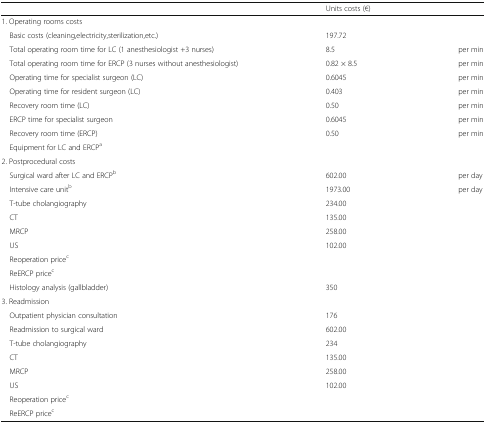
<table><thead><tr><td></td><td><b>Units costs (€)</b></td><td></td></tr></thead><tbody><tr><td colspan="3">1. Operating rooms costs</td></tr><tr><td> Basic costs (cleaning,electricity,sterilization,etc.)</td><td>197.72</td><td></td></tr><tr><td> Total operating room time for LC (1 anesthesiologist +3 nurses)</td><td>8.5</td><td>per min</td></tr><tr><td> Total operating room time for ERCP (3 nurses without anesthesiologist)</td><td>0.82 × 8.5</td><td>per min</td></tr><tr><td> Operating time for specialist surgeon (LC)</td><td>0.6045</td><td>per min</td></tr><tr><td> Operating time for resident surgeon (LC)</td><td>0.403</td><td>per min</td></tr><tr><td> Recovery room time (LC)</td><td>0.50</td><td>per min</td></tr><tr><td> ERCP time for specialist surgeon</td><td>0.6045</td><td>per min</td></tr><tr><td> Recovery room time (ERCP)</td><td>0.50</td><td>per min</td></tr><tr><td> Equipment for LC and ERCP<sup>a</sup></td><td></td><td></td></tr><tr><td colspan="3">2. Postprocedural costs</td></tr><tr><td> Surgical ward after LC and ERCP<sup>b</sup></td><td>602.00</td><td>per day</td></tr><tr><td> Intensive care unit<sup>b</sup></td><td>1973.00</td><td>per day</td></tr><tr><td> T-tube cholangiography</td><td>234.00</td><td></td></tr><tr><td> CT</td><td>135.00</td><td></td></tr><tr><td> MRCP</td><td>258.00</td><td></td></tr><tr><td> US</td><td>102.00</td><td></td></tr><tr><td> Reoperation price<sup>c</sup></td><td></td><td></td></tr><tr><td> ReERCP price<sup>c</sup></td><td></td><td></td></tr><tr><td> Histology analysis (gallbladder)</td><td>350</td><td></td></tr><tr><td colspan="3">3. Readmission</td></tr><tr><td> Outpatient physician consultation</td><td>176</td><td></td></tr><tr><td> Readmission to surgical ward</td><td>602.00</td><td></td></tr><tr><td> T-tube cholangiography</td><td>234</td><td></td></tr><tr><td> CT</td><td>135.00</td><td></td></tr><tr><td> MRCP</td><td>258.00</td><td></td></tr><tr><td> US</td><td>102.00</td><td></td></tr><tr><td> Reoperation price<sup>c</sup></td><td></td><td></td></tr><tr><td> ReERCP price<sup>c</sup></td><td></td><td></td></tr></tbody></table>